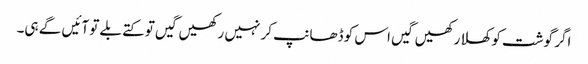
اگر گوشت کو کھلا رکھیں گیں اس کو ڈھانپ کر نہیں رکھیں گیں تو کتے بلے تو آئیں گے ہی۔